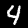
Label: 4